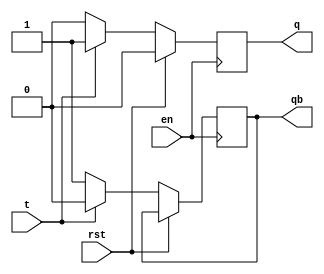
module t_latch(t,en,rst,q,qb);

input t,en,rst;
output reg q,qb;



always @(posedge en)
begin

if(rst==1)
	q<=1'b0;
else begin
	if(t==0)
	begin
	q<=1'b0;
	qb<=1'b1;
	end
	else
	begin
	q<=1'b1;
	qb<=1'b0;
	end
end
end

endmodule